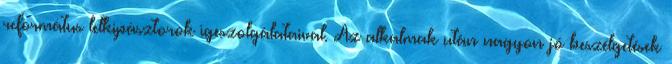
református lelkipásztorok igeszolgálataival. Az alkalmak után nagyon jó beszélgetések